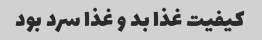
کیفیت غذا بد و غذا سرد بود